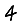
Digit: 4